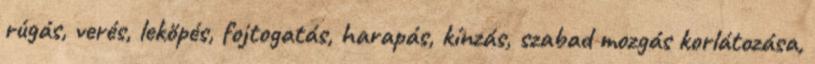
rúgás, verés, leköpés, fojtogatás, harapás, kínzás, szabad mozgás korlátozása,